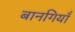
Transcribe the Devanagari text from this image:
बानगियाँ